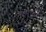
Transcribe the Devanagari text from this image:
नवरात्रीस